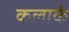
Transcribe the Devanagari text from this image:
कलार्क